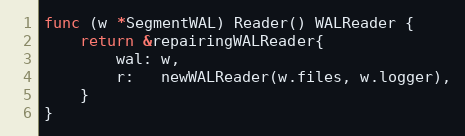
Language: Go
func (w *SegmentWAL) Reader() WALReader {
	return &repairingWALReader{
		wal: w,
		r:   newWALReader(w.files, w.logger),
	}
}